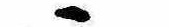
ゝ